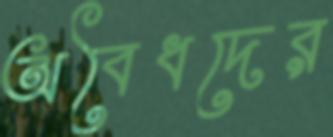
অবৈধদের